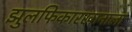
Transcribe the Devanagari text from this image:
झुलफिकारखानाला